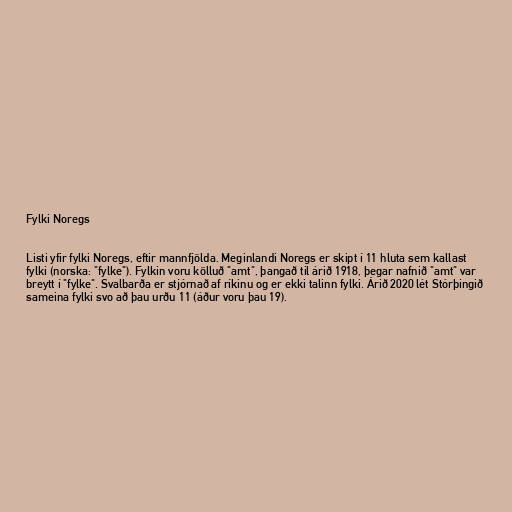
Fylki Noregs

Listi yfir fylki Noregs, eftir mannfjölda. Meginlandi Noregs er skipt í 11 hluta sem kallast
fylki (norska: "fylke"). Fylkin voru kölluð "amt", þangað til árið 1918, þegar nafnið "amt" var
breytt í "fylke". Svalbarða er stjórnað af ríkinu og er ekki talinn fylki. Árið 2020 lét Stórþingið
sameina fylki svo að þau urðu 11 (áður voru þau 19).